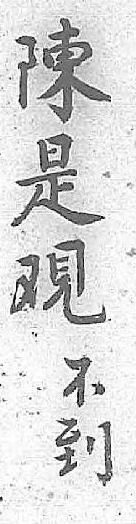
陳不是到覌